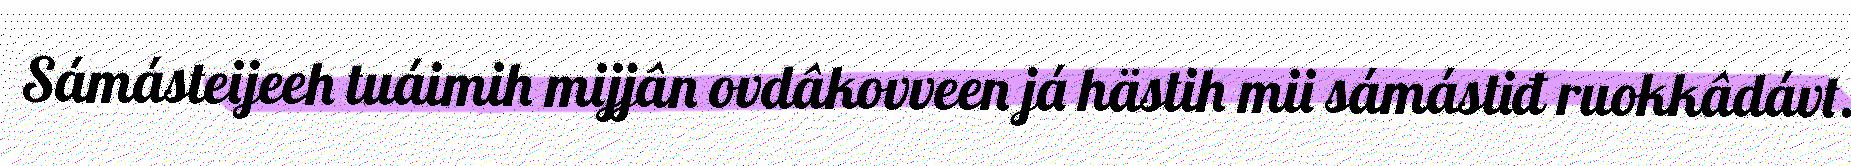
Sámásteijeeh tuáimih mijjân ovdâkovveen já hästih mii sámástiđ ruokkâdávt.